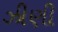
ઝીણી